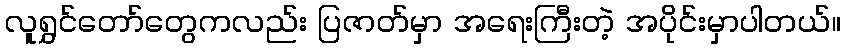
လူရွှင်တော်တွေကလည်း ပြဇာတ်မှာ အရေးကြီးတဲ့ အပိုင်းမှာပါတယ်။